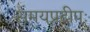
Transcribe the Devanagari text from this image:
समयप्रदीपः